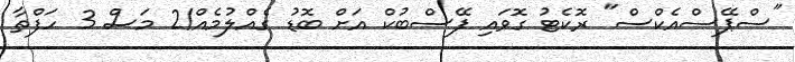
"ސްޕޭސްއެކްސް" ރޮކެޓު ގޮވައި ފޭސްބުކް އަށް ބޮޑު ގެއްލުމެއް!2 މަސް 3 ހަފްތާ